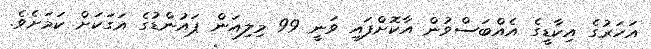
އަހަރުގެ އިކާޑީގެ އެއްބަސްވުން އާކޮށްފައި ވަނީ 99 މިލިއަން ޕައުންޑުގެ އަގަކަށް ކަމަށެވެ.